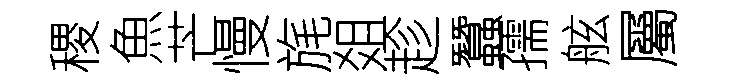
稷魚芒慢旄爼趁蠶孺舷屬